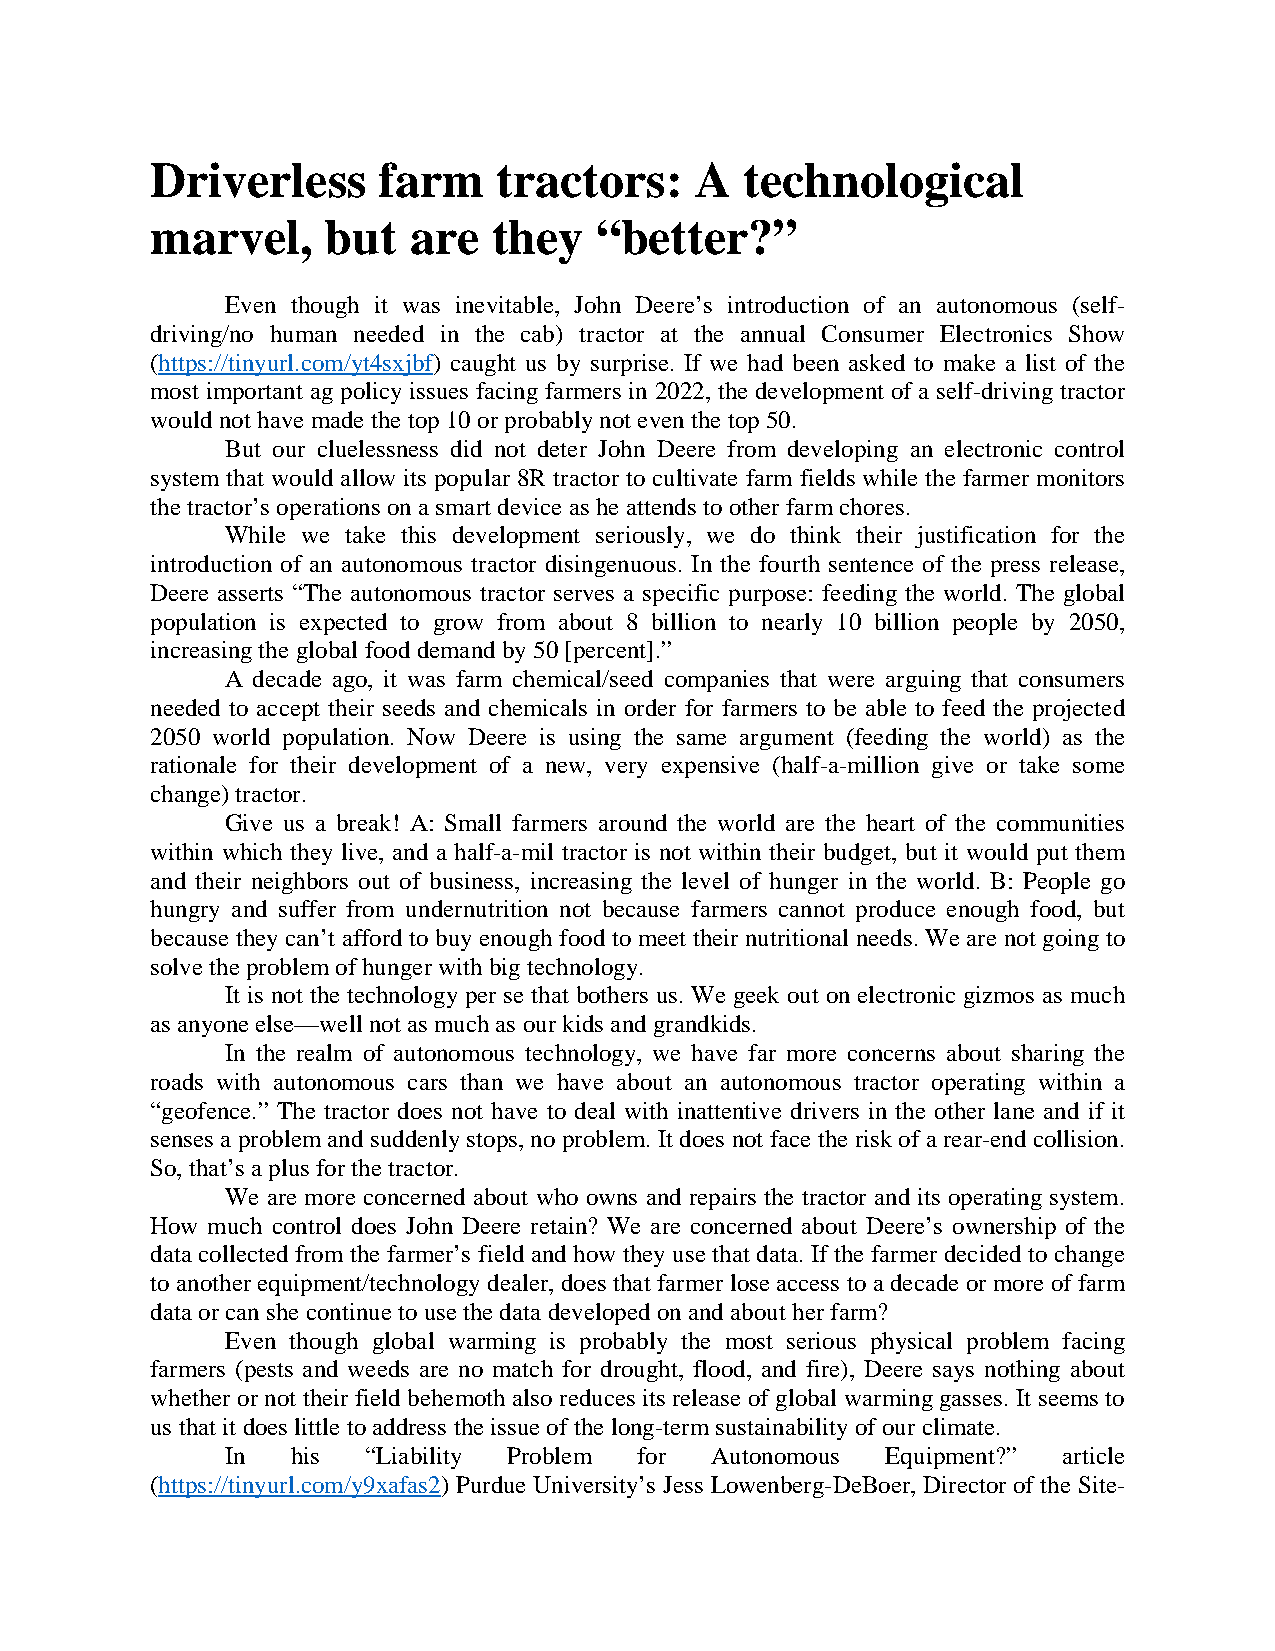
Driverless     farm    tractors:    A  technological
 marvel,     but  are   they  “better?”
 Even though it was inevitable, John Deere’s introduction of an autonomous (self-
 driving/no human needed in the cab) tractor at the annual Consumer Electronics Show
 (https://tinyurl.com/yt4sxjbf) caught us by surprise. If we had been asked to make a list of the
 most important ag policy issues facing farmers in 2022, the development of a self-driving tractor
 would not have made the top 10 or probably not even the top 50.
 But our cluelessness did not deter John Deere from developing an electronic control
 system that would allow its popular 8R tractor to cultivate farm fields while the farmer monitors
 the tractor’s operations on a smart device as he attends to other farm chores.
 While we take this development seriously, we do think their justification for the
 introduction of an autonomous tractor disingenuous. In the fourth sentence of the press release,
 Deere asserts “The autonomous tractor serves a specific purpose: feeding the world. The global
 population is expected to grow from about 8 billion to nearly 10 billion people by 2050,
 increasing the global food demand by 50 [percent].”
 A decade ago, it was farm chemical/seed companies that were arguing that consumers
 needed to accept their seeds and chemicals in order for farmers to be able to feed the projected
 2050 world population. Now Deere is using the same argument (feeding the world) as the
 rationale for their development of a new, very expensive (half-a-million give or take some
 change) tractor.
 Give us a break! A: Small farmers around the world are the heart of the communities
 within which they live, and a half-a-mil tractor is not within their budget, but it would put them
 and their neighbors out of business, increasing the level of hunger in the world. B: People go
 hungry and suffer from undernutrition not because farmers cannot produce enough food, but
 because they can’t afford to buy enough food to meet their nutritional needs. We are not going to
 solve the problem of hunger with big technology.
 It is not the technology per se that bothers us. We geek out on electronic gizmos as much
 as anyone else—well not as much as our kids and grandkids.
 In the realm of autonomous technology, we have far more concerns about sharing the
 roads with autonomous cars than we have about an autonomous tractor operating within a
 “geofence.” The tractor does not have to deal with inattentive drivers in the other lane and if it
 senses a problem and suddenly stops, no problem. It does not face the risk of a rear-end collision.
 So, that’s a plus for the tractor.
 We are more concerned about who owns and repairs the tractor and its operating system.
 How much control does John Deere retain? We are concerned about Deere’s ownership of the
 data collected from the farmer’s field and how they use that data. If the farmer decided to change
 to another equipment/technology dealer, does that farmer lose access to a decade or more of farm
 data or can she continue to use the data developed on and about her farm?
 Even though global warming is probably the most serious physical problem facing
 farmers (pests and weeds are no match for drought, flood, and fire), Deere says nothing about
 whether or not their field behemoth also reduces its release of global warming gasses. It seems to
 us that it does little to address the issue of the long-term sustainability of our climate.
 In  his  “Liability Problem for Autonomous  Equipment?” article
 (https://tinyurl.com/y9xafas2) Purdue University’s Jess Lowenberg-DeBoer, Director of the Site-